Vaccination in Bombay 1863-1868 - 1863-1868
Year: 1863
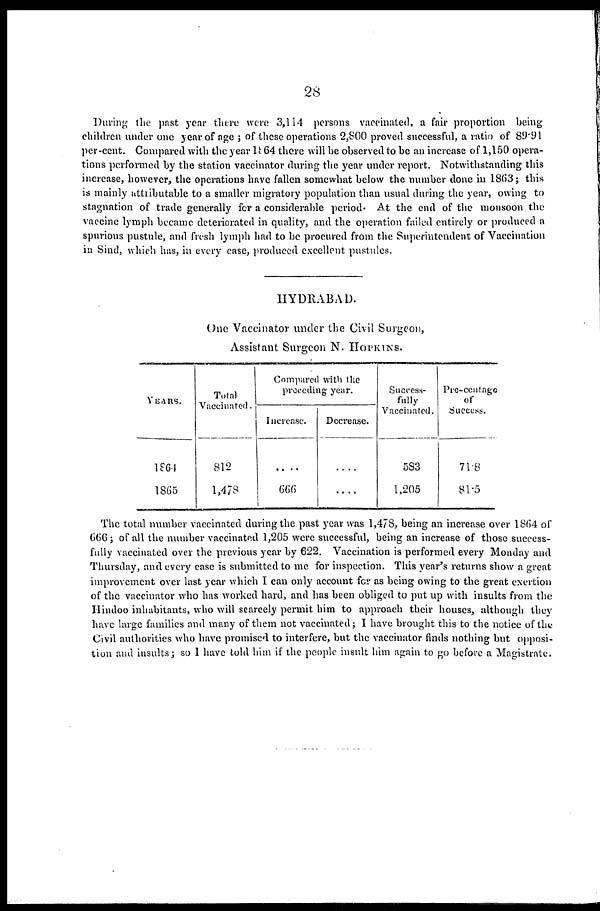
28
During the past year there were 3,114 persons vaccinated, a fair proportion being
children under one year of age ; of these operations 2,800 proved successful, a ratio of 89.91
per-cent. Compared with the year 1864 there will be observed to be an increase of 1,150 opera-
tions performed by the station vaccinator during the year under report. Notwithstanding this
increase, however, the operations have fallen somewhat below the number done in 1863; this
is mainly attributable to a smaller migratory population than usual during the year, owing to
stagnation of trade generally for a considerable period. At the end of the monsoon the
vaccine lymph became deteriorated in quality, and the operation failed entirely or produced a
spurious pustule, and fresh lymph had to be procured from the Superintendent of Vaccination
in Sind, which has, in every case, produced excellent pustules.
HYDRABAD.
One Vaccinator under the Civil Surgeon,
Assistant Surgeon N. HOPKINS.
YEARS.
1864
1865
Total
Vaccinated.
812
1,478
Compared with the
preceding year.
Increase.
....
666
Decrease.
....
....
Success-
fully
Vaccinated.
583
1,205
Pre-centage
of
Success.
71.8
81.5
The total number vaccinated during the past year was 1,478, being an increase over 1864 of
666; of all the number vaccinated 1,205 were successful, being an increase of those success-
fully vaccinated over the previous year by 622. Vaccination is performed every Monday and
Thursday, and every case is submitted to me for inspection. This year's returns show a great
improvement over last year which I can only account for as being owing to the great exertion
of the vaccinator who has worked hard, and has been obliged to put up with insults from the
Hindoo inhabitants, who will scarcely permit him to approach their houses, although they
have large families and many of them not vaccinated; I have brought this to the notice of the
Civil authorities who have promised to interfere, but the vaccinator finds nothing but opposi-
tion and insults; so I have told him if the people insult him again to go before a Magistrate.